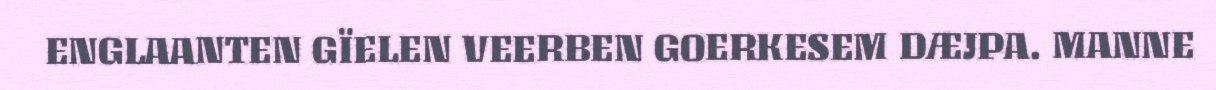
ENGLAANTEN GÏELEN VEERBEN GOERKESEM DÆJPA. MANNE